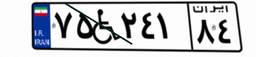
۷۵W۲۴۱۸۴